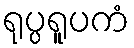
ရုပ္ပရူပကံ